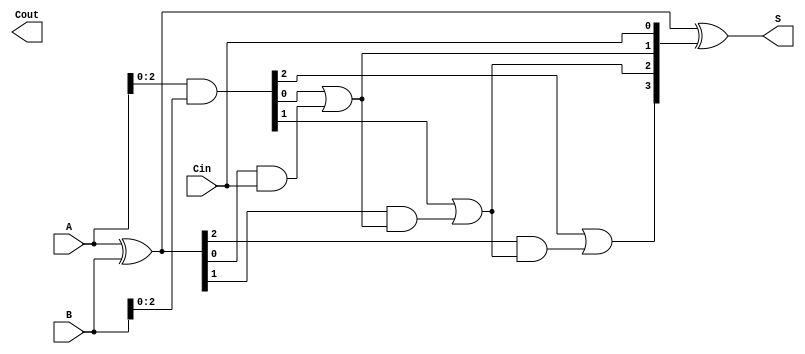
module CILA #(parameter n = 4) (
    input  [n-1:0] A,      // First operand
    input  [n-1:0] B,      // Second operand
    input         Cin,      // Carry input
    output [n-1:0] S,      // Sum output
    output        Cout      // Carry output
);

    // Generate and Propagate signals
    wire [n-1:0] G; // Generate
    wire [n-1:0] P; // Propagate
    wire [n:0] C;   // Carry signals

    // Generate and Propagate logic
    assign G = A & B;          // Generate: G[i] = A[i] & B[i]
    assign P = A ^ B;          // Propagate: P[i] = A[i] ^ B[i]

    // Carry Lookahead logic
    assign C[0] = Cin;         // C[0] = Cin
    genvar i;
    generate
        for (i = 1; i < n; i = i + 1) begin : carry_logic
            assign C[i] = G[i-1] | (P[i-1] & C[i-1]); // C[i] = G[i-1] | (P[i-1] & C[i-1])
        end
    endgenerate
    assign C[n] = G[n-1] | (P[n-1] & C[n-1]); // Cout = G[n-1] | (P[n-1] & C[n-1])

    // Sum calculation
    assign S = P ^ C[n-1:0]; // S[i] = P[i] ^ C[i]

endmodule